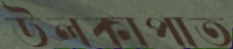
উলকাপাত